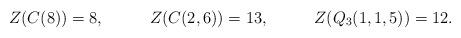
LaTeX: \begin{align*} Z(C(8))&=8,& Z(C(2,6))&= 13,& Z(Q_3(1,1,5))&= 12. \end{align*}